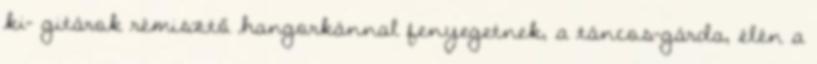
ki- gitárok rémisztő hangorkánnal fenyegetnek, a táncos-gárda, élén a